画像に写った文字を読んでください
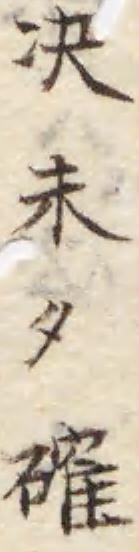
「决未タ確」と書いてあります